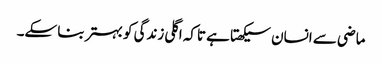
ماضی سے انسان سیکھتا ہے تاکہ اگلی زندگی کو بہتر بنا سکے۔